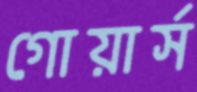
গোয়ার্স